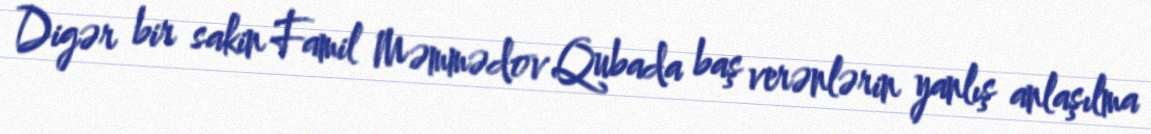
Digər bir sakin Famil Məmmədov Qubada baş verənlərin yanlış anlaşılma